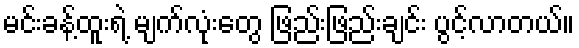
မင်းခန့်ထူးရဲ့ မျက်လုံးတွေ ဖြည်းဖြည်းချင်း ပွင့်လာတယ်။